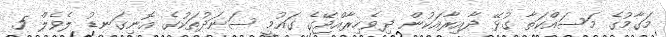
މަގާމުގެ މަސައްކަތާ ގުޅޭ ދާއިރާއަކުން ދިވެހިރާއްޖޭގެ ގައުމީ ސަނަދުތަކުގެ އޮނިގަނޑު ލެވެލް 5